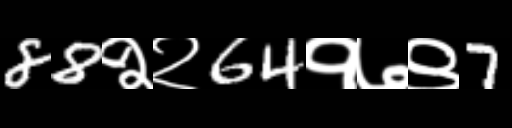
Text: 88२२64१७९7